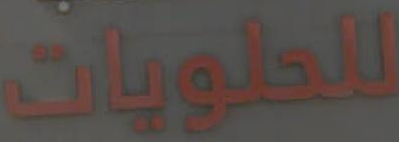
للحلويات